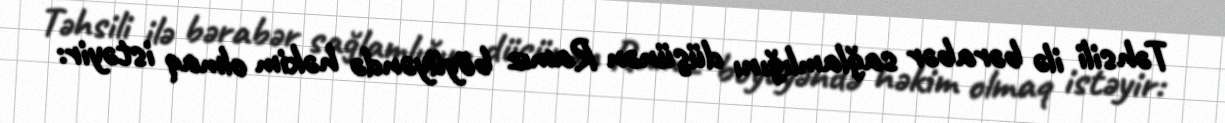
Təhsili ilə bərabər sağlamlığını düşünən Ramız böyüyəndə həkim olmaq istəyir: